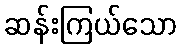
ဆန်းကြယ်သော